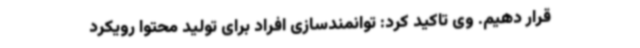
قرار دهیم. وی تاکید کرد: توانمندسازی افراد برای تولید محتوا رویکرد